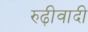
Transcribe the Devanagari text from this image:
रुढ़ीवादी